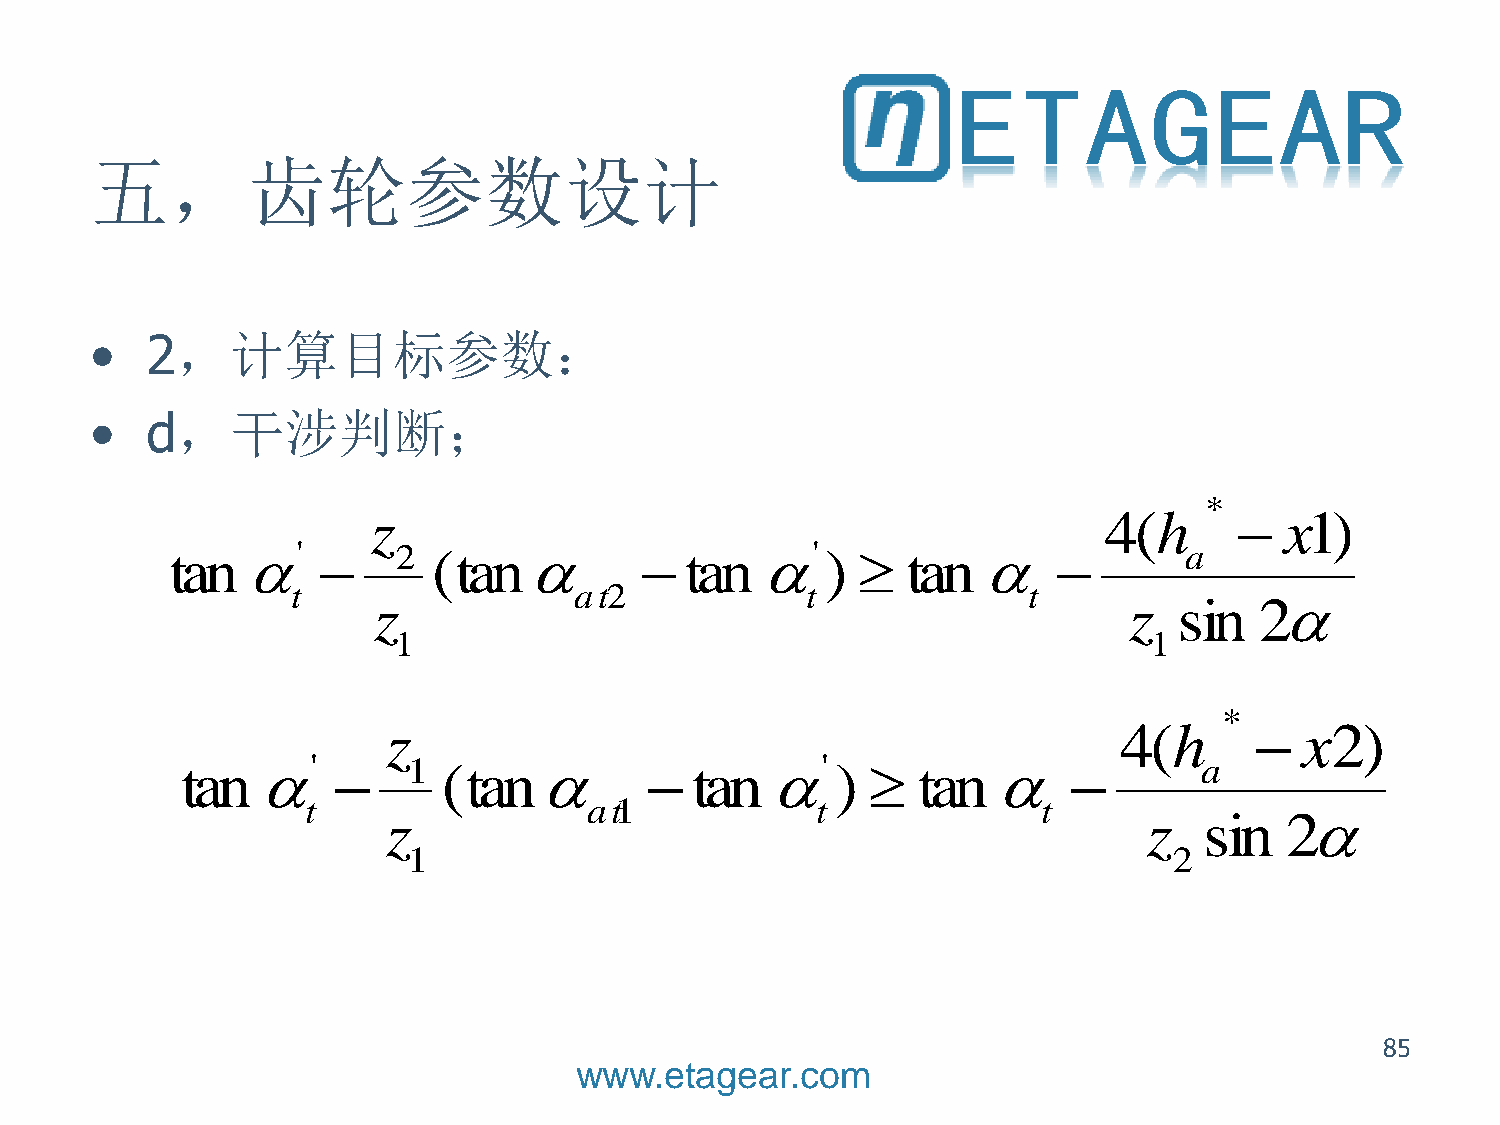
五，齿轮参数设计
 •   2，计算目标参数：
 •   d，干涉判断；
 *
 z                                               4(h        x1)
 tan'         2  (tan          tan'     )   tan             a
 t                  at2            t              t
 z                                                 z  sin  2
 1                                                 1
                                               
 
 85
 www.etagear.com
 t a n    '
 t
 
 z
 z
 1
 1
 ( t a n
 a t1
   t a n   '
 t
 )    t a n
 t
 
 4 (
 z
 h
 2
 a
 s
 *
 i n
 
 2
 x 2 )